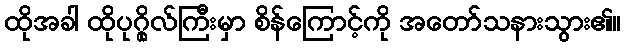
ထိုအခါ ထိုပုဂ္ဂိုလ်ကြီးမှာ စိန်ကြောင့်ကို အတော်သနားသွား၏။